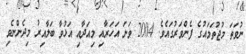
ނުވަތަ މުޖުތަމައުގެ ފެންވަރުގައެވެ. 2004 ވަނަ އަހަރާއި މިއަދާއި އަޅުވާ ބަލާއިރު މިދެންނެވި